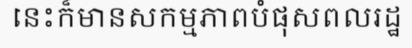
នេះក៏មានសកម្មភាពបំផុសពលរដ្ឋ